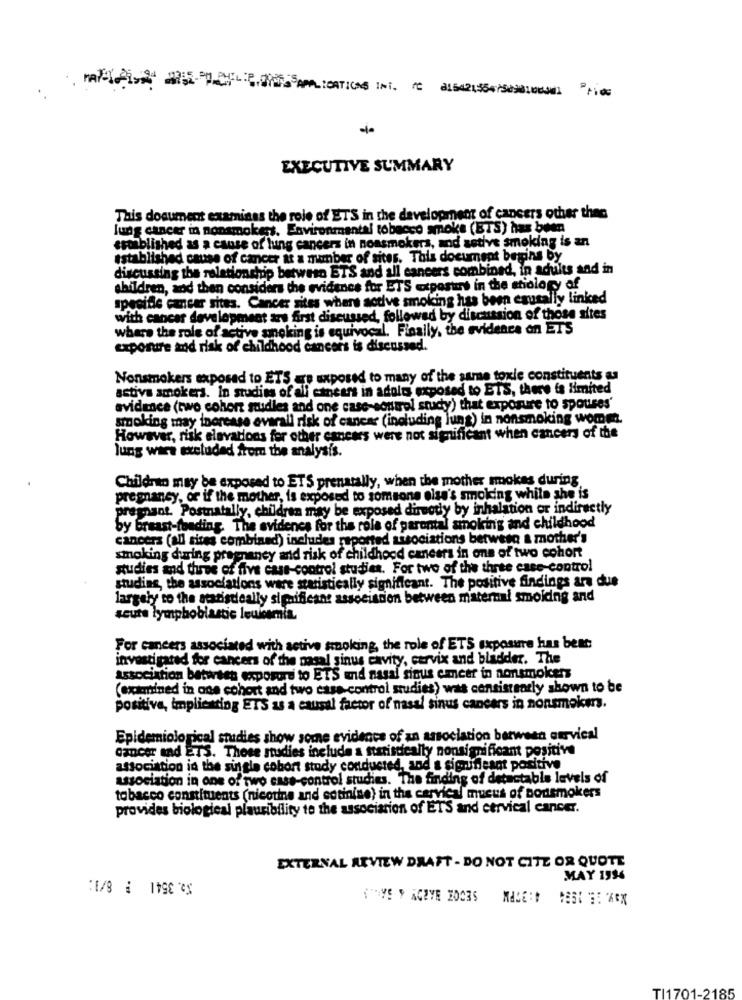
EXECUTIVE SUMMARY
This document examinas the role of ETS in the development of cancers other than
lung cancer in nonsmokers, Environmental tobacco smoke (BTS) has been
esoiblished as a cause of lung cancers in nonsmokers, and astive smoking is an
established cause of cancer at a member of sites. This document begins by
discussing the relationship between ETS and all cancers combined, in adults and in
children, and then considers the evidence for ETS exposturs in the etiology of
specifie cancer sites. Cancer sites where active smoking has been egusally linked
with cancer development ars first discussed, followed by discussion of those sites
where the role of active smoking is equivocal. Finally, the evidence on ETS
exposure and risk of childhood cancers is discussed.
Nonsmokers exposed to ETS are exposed to many of the same toxle constituents as
activa smokers. In studies of all cancers in adults exposed to ETS, there is limited
evidence (two cohort studies and one case-control study) that exposure to spouses'
smoking may increase avarall risk of cancer (including luns) in nonsmoking womma.
However, risk elevations for other cancers were not significant when cancers of the
lung wars excluded from the analysis.
Children may be exposed to ETS prenatally, when the mother mokas during
pregnancy, or if the mother, is exposed to someone else's smoking while she is
pregnant. Postnatally, children may be exposed directly by inhalation or indirectly
by breast-feeding. The evidence for the role of parental smoking and childhood
cancers (all sites combined) includes reported associations betweso & mother's
smoking during pregnancy and risk of childhood cancers in ons of two cohort
studies and three of five case-control studies. For two of the three case control
studing, the associations ware statistically significant. The positive findings ara due
largely to the statistically significant association between maternal smoiding and
seute lymphoblastic louismia.
For cancers associated with active smoking, the role of ETS exposure has best
investigated for cancers of the masal sinus cavity, cervix and bladder. The
association between exposure to ETS and nasal sinus cancer in nonsmokers
(examined in one cohort and two case control studies) was consistearly shown to be
positive, implicatting ETS as a causal factor of nasal sinus cancers in nonsmokm.
Epidemiological studies show some evidence of an association berween ourvical
cancer and ETS. Those studies include a statistically nonsignificant positive
atsociation in the single cohort study conducted, and a significant positive
association in one of two case-control studies. The finding of detectable levels of
tobacco constituents (nicotine and cotinine) in the cervical mucus of bodsmokers
provides biological plausibility to the association of ETS and cervical cancer.
EXTERNAL REVIEW DRAFT - DO NOT CITE OR QUOTE
$5. 3541 # 8/1:
MAY 1996
TI1701-2185